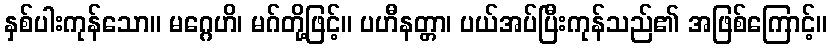
နှစ်ပါးကုန်သော။ မဂ္ဂေဟိ၊ မဂ်တို့ဖြင့်။ ပဟီနတ္တာ၊ ပယ်အပ်ပြီးကုန်သည်၏ အဖြစ်ကြောင့်။